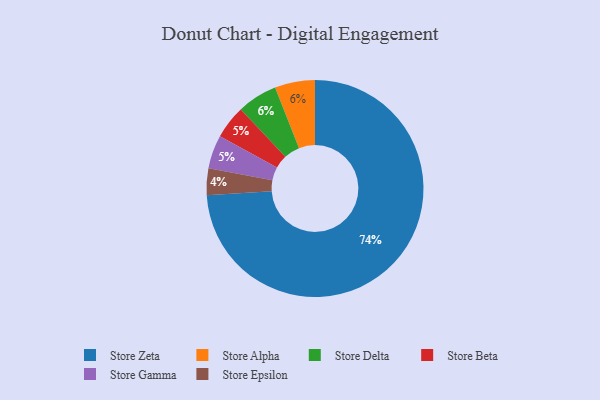
{"axis": {"x": "Category", "y": "Percentage"}, "legend": ["Store Alpha", "Store Beta", "Store Delta", "Store Epsilon", "Store Gamma", "Store Zeta"], "data": [{"x": "Store Beta", "y": 5, "type": "Store Beta"}, {"x": "Store Epsilon", "y": 4, "type": "Store Epsilon"}, {"x": "Store Alpha", "y": 6, "type": "Store Alpha"}, {"x": "Store Delta", "y": 6, "type": "Store Delta"}, {"x": "Store Gamma", "y": 5, "type": "Store Gamma"}, {"x": "Store Zeta", "y": 74, "type": "Store Zeta"}]}